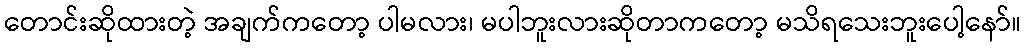
တောင်းဆိုထားတဲ့ အချက်ကတော့ ပါမလား၊ မပါဘူးလားဆိုတာကတော့ မသိရသေးဘူးပေါ့နော်။